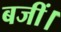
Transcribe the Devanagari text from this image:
बजीं।